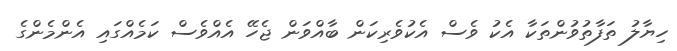
ހިޔާލު ތަފާތުވުންތަކާ އެކު ވެސް އެކުވެރިކަން ބާއްވަން ޖެހޭ އެއްވެސް ކަމެއްގައި އެންމެންގެ